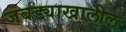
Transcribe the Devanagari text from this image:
जबड्याखालील